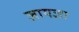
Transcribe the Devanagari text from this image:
ज़ायज़ा